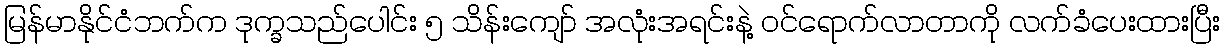
မြန်မာနိုင်ငံဘက်က ဒုက္ခသည်ပေါင်း ၅ သိန်းကျော် အလုံးအရင်းနဲ့ ဝင်ရောက်လာတာကို လက်ခံပေးထားပြီး